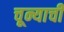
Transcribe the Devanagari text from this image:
चून्याची